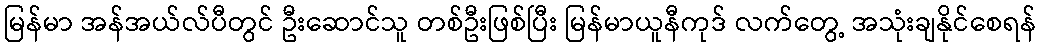
မြန်မာ အန်အယ်လ်ပီတွင် ဦးဆောင်သူ တစ်ဦးဖြစ်ပြီး မြန်မာယူနီကုဒ် လက်တွေ့ အသုံးချနိုင်စေရန်